Calcutta medical institutions reports 1879-81 [i.e.91]
Year: 1879
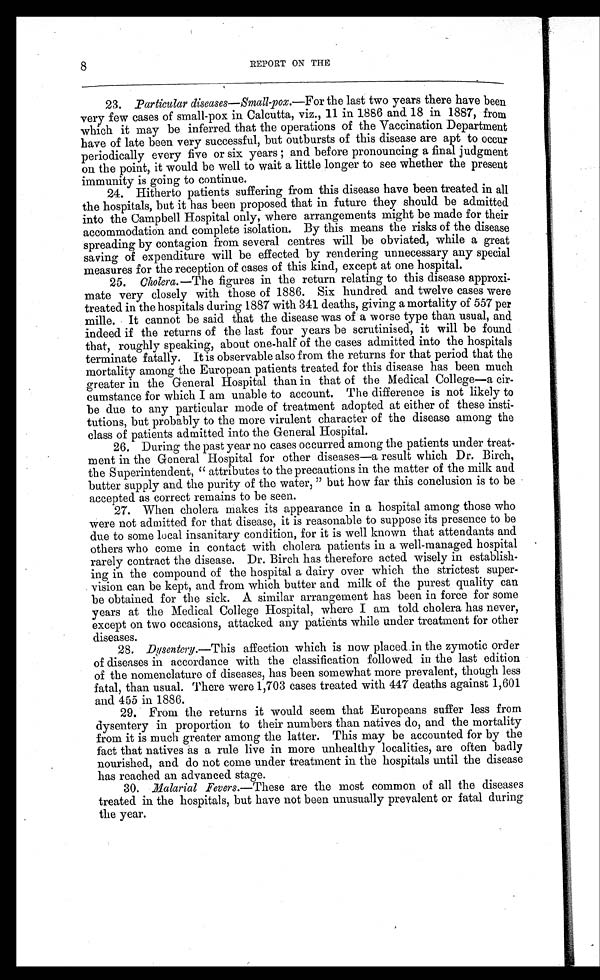
8
REPORT ON THE
23. Particular diseases —Small-pox. —For the last two years there have been
very few cases of small-pox in Calcutta, viz., 11 in 1886 and 18 in 1887, from
which it may be inferred that the operations of the Vaccination Department
have of late been very successful, but outbursts of this disease are apt to occur
periodically every five or six years ; and before pronouncing a final judgment
on the point, it would be well to wait a little longer to see whether the present
immunity is going to continue.
24. Hitherto patients suffering from this disease have been treated in all
the hospitals, but it has been proposed that in future they should be admitted
into the Campbell Hospital only, where arrangements might be made for their
accommodation and complete isolation. By this means the risks of the disease
spreading by contagion from several centres will be obviated, while a great
saving of expenditure will be effected by rendering unnecessary any special
measures for the reception of cases of this kind, except at one hospital.
25. Cholera.—The figures in the return relating to this disease approxi--
mate very closely with those of 1886. Six hundred and twelve cases were
treated in the hospitals during 1887 with 341 deaths, giving a mortality of 557 per
mille. It cannot be said that the disease was of a worse type than usual, and
indeed if the returns of the last four years be scrutinised, it will be found
that, roughly speaking, about one-half of the cases admitted into the hospitals
terminate fatally. It is observable also from the returns for that period that the
mortality among the European patients treated for this disease has been much
greater in the General Hospital than in that of the Medical College—a cir-
cumstance for which I am unable to account. The difference is not likely to
be due to any particular mode of treatment adopted at either of these insti-
tutions, but probably to the more virulent character of the disease among the
class of patients admitted into the General Hospital.
26. During the past year no cases occurred among the patients under treat--
ment in the General Hospital for other diseases—a result which Dr. Birch,
the Superintendent, "attributes to the precautions in the matter of the milk and
butter supply and the purity of the water," but how far this conclusion is to be
accepted as correct remains to be seen.
27. When cholera makes its appearance in a hospital among those who
were not admitted for that disease, it is reasonable to suppose its presence to be
due to some local insanitary condition, for it is well known that attendants and
others who come in contact with cholera patients in a well-managed hospital
rarely contract the disease. Dr. Birch has therefore acted wisely in establish--
ing in the compound of the hospital a dairy over which the strictest super--
vision can be kept, and from which butter and milk of the purest quality can
be obtained for the sick. A similar arrangement has been in force for some
years at the Medical College Hospital, where I am told cholera has never,
except on two occasions, attacked any patients while under treatment for other
diseases.
28.
Dysentery
.—This affection which is now placed in the zymotic order
of diseases in accordance with the classification followed in the last edition
of the nomenclature of diseases, has been somewhat more prevalent, though less
fatal, than usual. There were 1,703 cases treated with 447 deaths against 1,601
and 455 in 1886.
29. From the returns it would seem that Europeans suffer less from
dysentery in proportion to their numbers than natives do, and the mortality
from it is much greater among the latter. This may be accounted for by the
fact that natives as a rule live in more unhealthy localities, are often badly
nourished, and do not come under treatment in the hospitals until the disease
has reached an advanced stage.
30. Malarial Fevers .—These are the most common of all the diseases
treated in the hospitals, but have not been unusually prevalent or fatal during
the year.